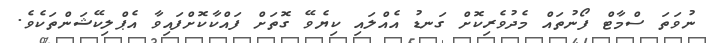
ނުވަތަ ސްމާޓް ފޯނުތައް މެދުވެރިކޮށް ގަނޑު އެއްލައި ކިޔެވޭ ގޮތަށް ފައްކާކޮށްފައިވާ އެޕްލިކޭޝަންތަކެވެ.